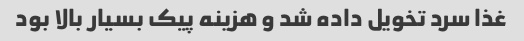
غذا سرد تخویل داده شد و هزینه پیک بسیار بالا بود